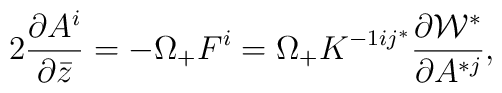
2 {\partial A^i \over \partial \bar{z}} =- \Omega_{+} F^i = \Omega_{+}K^{-1 i j^*} \frac{\partial {\cal W}^*}{ \partial A^{*j}},